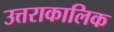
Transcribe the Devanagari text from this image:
उत्तराकालिक